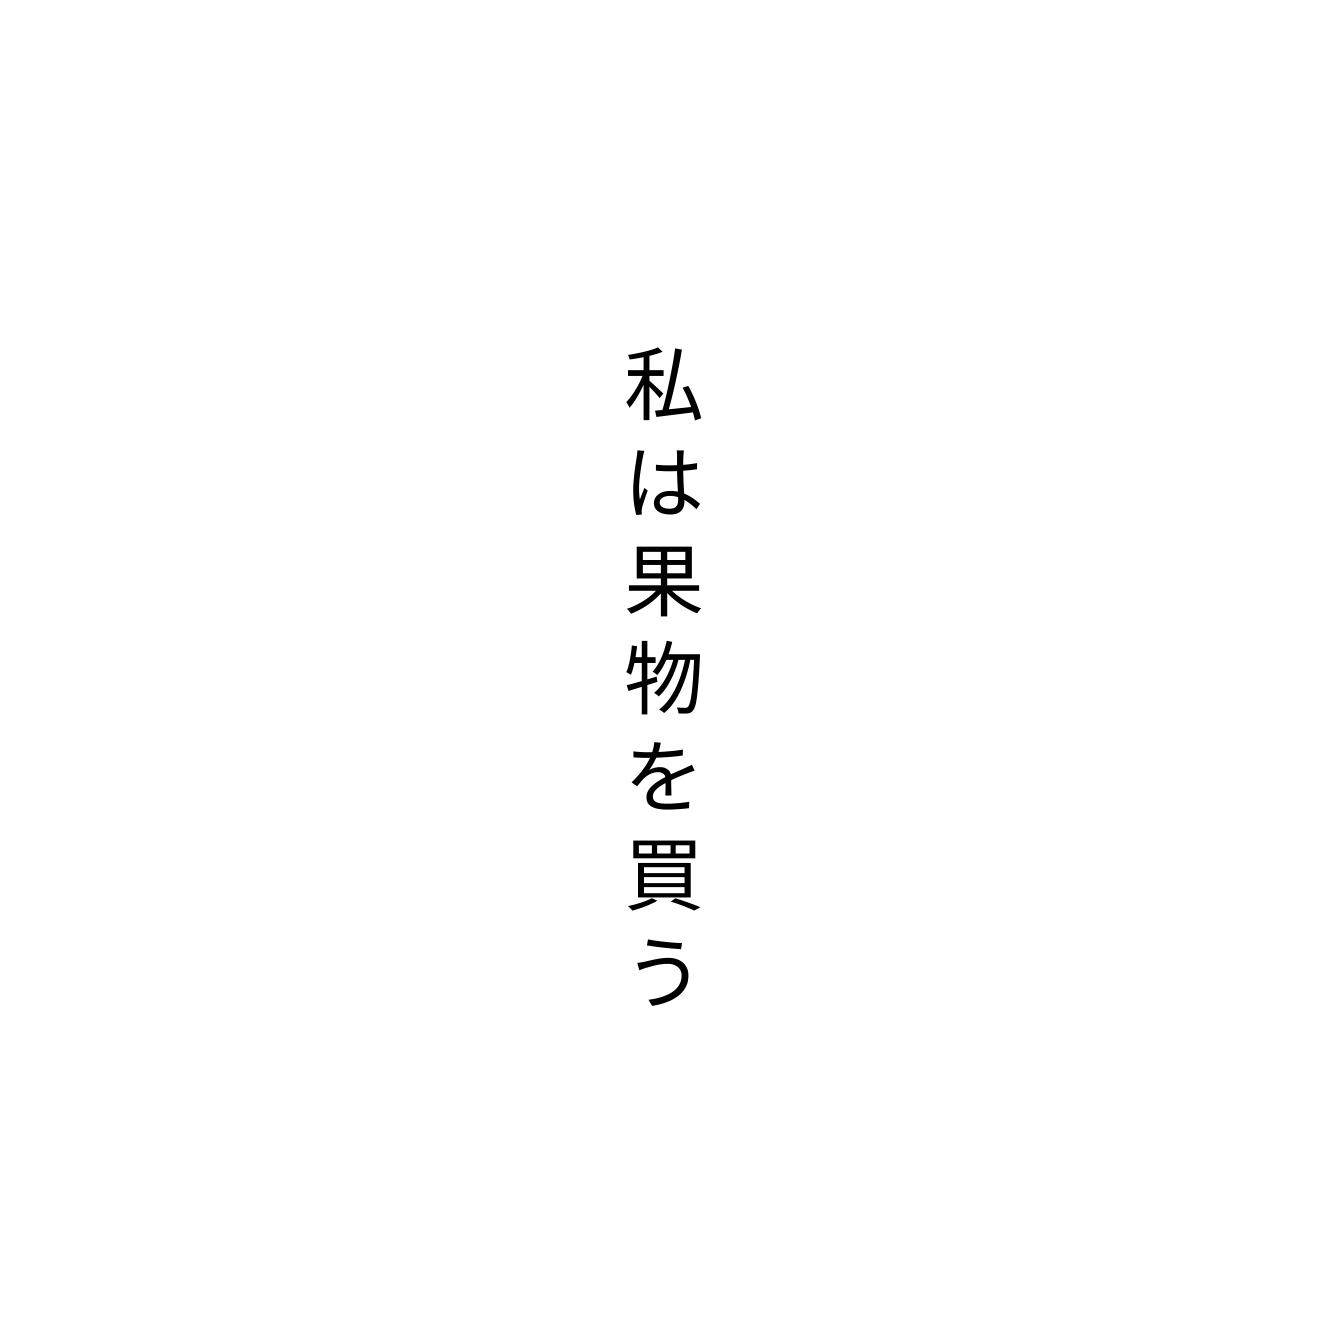
私は果物を買う